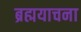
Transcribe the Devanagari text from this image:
ब्रह्मयाचना